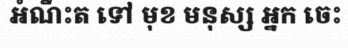
អំណឹះត ទៅ មុខ មនុស្ស អ្នក ចេះ